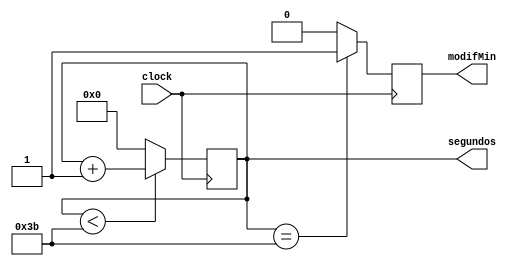
`timescale 1ns / 1ps
//////////////////////////////////////////////////////////////////////////////////
// Company: 
// Engineer: 
// 
// Design Name: 
// Module Name:    contadorSeg 
// Project Name: 
// Target Devices: 
// Tool versions: 
// Description: 
//
// Dependencies: 
//
// Revision: 
// Revision 0.01 - File Created
// Additional Comments: 
//
//////////////////////////////////////////////////////////////////////////////////
module contadorSeg(clock,segundos,modifMin);

input clock;
output reg [5:0]segundos;
output reg modifMin;


always@(posedge clock)begin
		
		if(segundos<59)begin segundos<=segundos+1; end
		else begin segundos <=0;end
end

always@(negedge clock)begin

if(segundos==59)begin modifMin<=1; end
else modifMin<=0;end


endmodule